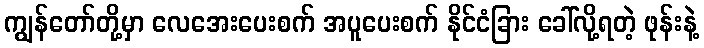
ကျွန်တော်တို့မှာ လေအေးပေးစက် အပူပေးစက် နိုင်ငံခြား ခေါ်လို့ရတဲ့ ဖုန်းနဲ့